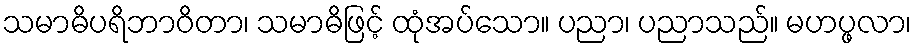
သမာဓိပရိဘာဝိတာ၊ သမာဓိဖြင့် ထုံအပ်သော။ ပညာ၊ ပညာသည်။ မဟပ္ဖလာ၊